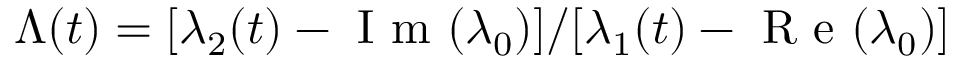
\Lambda ( t ) = [ \lambda _ { 2 } ( t ) - \mathrm { ~ I ~ m ~ } ( \lambda _ { 0 } ) ] / [ \lambda _ { 1 } ( t ) - \mathrm { ~ R ~ e ~ } ( \lambda _ { 0 } ) ]